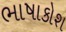
ભાષાકોશ